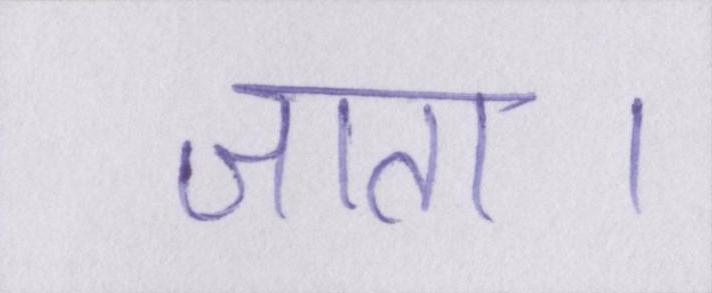
जाता।